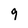
Character: 9